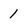
Character: 1